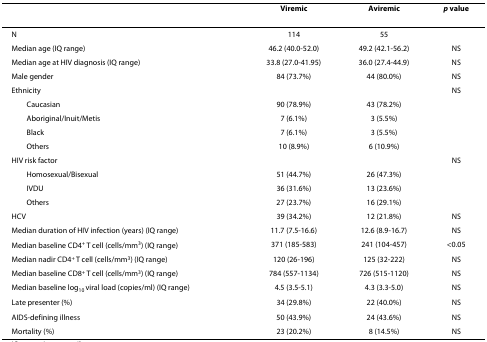
|  | Viremic | Aviremic | p value |
 | --- | --- | --- | --- |
 | N | 114 | 55 |  |
 | Median age (IQ range) | 46.2 (40.0-52.0) | 49.2 (42.1-56.2) | NS |
 | Median age at HIV diagnosis (IQ range) | 33.8 (27.0-41.95) | 36.0 (27.4-44.9) | NS |
 | Male gender | 84 (73.7%) | 44 (80.0%) | NS |
 | Ethnicity |  |  | NS |
 | Caucasian | 90 (78.9%) | 43 (78.2%) |  |
 | Aboriginal/Inuit/Metis | 7 (6.1%) | 3 (5.5%) |  |
 | Black | 7 (6.1%) | 3 (5.5%) |  |
 | Others | 10 (8.9%) | 6 (10.9%) |  |
 | HIV risk factor |  |  | NS |
 | Homosexual/Bisexual | 51 (44.7%) | 26 (47.3%) |  |
 | IVDU | 36 (31.6%) | 13 (23.6%) |  |
 | Others | 27 (23.7%) | 16 (29.1%) |  |
 | HCV | 39 (34.2%) | 12 (21.8%) | NS |
 | Median duration of HIV infection (years) (IQ range) | 11.7 (7.5-16.6) | 12.6 (8.9-16.7) | NS |
 | Median baseline CD4+ T cell (cells/mm3) (IQ range) | 371 (185-583) | 241 (104-457) | <0.05 |
 | Median nadir CD4+ T cell (cells/mm3) (IQ range) | 120 (26-196) | 125 (32-222) | NS |
 | Median baseline CD8+ T cell (cells/mm3) (IQ range) | 784 (557-1134) | 726 (515-1120) | NS |
 | Median baseline log10 viral load (copies/ml) (IQ range) | 4.5 (3.5-5.1) | 4.3 (3.3-5.0) | NS |
 | Late presenter (%) | 34 (29.8%) | 22 (40.0%) | NS |
 | AIDS-defining illness | 50 (43.9%) | 24 (43.6%) | NS |
 | Mortality (%) | 23 (20.2%) | 8 (14.5%) | NS |